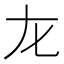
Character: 𡯃